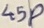
Text: 45P